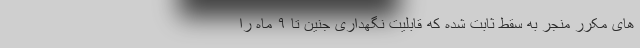
های مکرر منجر به سقط ثابت شده که قابلیت نگهداری جنین تا ٩ ماه را